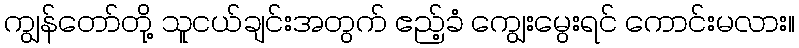
ကျွန်တော်တို့ သူငယ်ချင်းအတွက် ဧည့်ခံ ကျွေးမွေးရင် ကောင်းမလား။